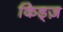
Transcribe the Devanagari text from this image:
किड्ज़